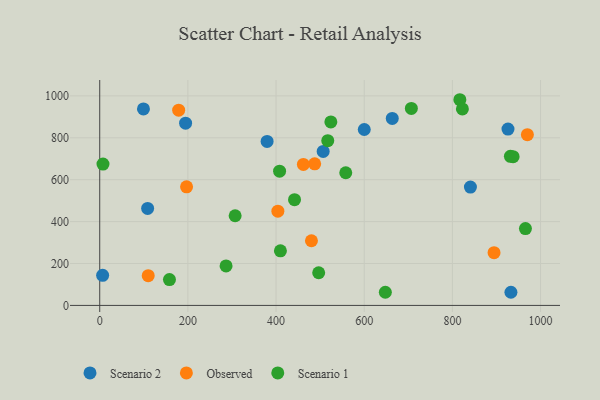
{"axis": {"x": "Speed", "y": "Fuel Efficiency"}, "legend": ["Observed", "Scenario 1", "Scenario 2"], "data": [{"x": "840.9", "y": 564.7, "type": "Scenario 2"}, {"x": "6.6", "y": 143.5, "type": "Scenario 2"}, {"x": "379.7", "y": 782.5, "type": "Scenario 2"}, {"x": "99.2", "y": 937.7, "type": "Scenario 2"}, {"x": "108.7", "y": 462.8, "type": "Scenario 2"}, {"x": "663.6", "y": 892.4, "type": "Scenario 2"}, {"x": "926.1", "y": 841.4, "type": "Scenario 2"}, {"x": "506.9", "y": 735.1, "type": "Scenario 2"}, {"x": "932.8", "y": 62.9, "type": "Scenario 2"}, {"x": "600.1", "y": 839.7, "type": "Scenario 2"}, {"x": "194.8", "y": 869.9, "type": "Scenario 2"}, {"x": "404.1", "y": 449.9, "type": "Observed"}, {"x": "487.6", "y": 675.9, "type": "Observed"}, {"x": "179.1", "y": 931.6, "type": "Observed"}, {"x": "110.0", "y": 141.8, "type": "Observed"}, {"x": "970.1", "y": 814.9, "type": "Observed"}, {"x": "462.0", "y": 672.7, "type": "Observed"}, {"x": "197.0", "y": 566.1, "type": "Observed"}, {"x": "894.5", "y": 251.8, "type": "Observed"}, {"x": "480.3", "y": 308.5, "type": "Observed"}, {"x": "441.9", "y": 504.8, "type": "Scenario 1"}, {"x": "307.2", "y": 427.9, "type": "Scenario 1"}, {"x": "965.7", "y": 366.6, "type": "Scenario 1"}, {"x": "931.6", "y": 711.5, "type": "Scenario 1"}, {"x": "558.1", "y": 633.2, "type": "Scenario 1"}, {"x": "408.0", "y": 640.6, "type": "Scenario 1"}, {"x": "816.9", "y": 981.7, "type": "Scenario 1"}, {"x": "517.3", "y": 786.2, "type": "Scenario 1"}, {"x": "937.7", "y": 709.7, "type": "Scenario 1"}, {"x": "7.4", "y": 674.7, "type": "Scenario 1"}, {"x": "647.9", "y": 62.7, "type": "Scenario 1"}, {"x": "158.2", "y": 123.3, "type": "Scenario 1"}, {"x": "822.7", "y": 937.9, "type": "Scenario 1"}, {"x": "409.9", "y": 260.5, "type": "Scenario 1"}, {"x": "706.9", "y": 940.3, "type": "Scenario 1"}, {"x": "524.3", "y": 875.7, "type": "Scenario 1"}, {"x": "286.6", "y": 188.3, "type": "Scenario 1"}, {"x": "496.7", "y": 156.0, "type": "Scenario 1"}]}